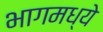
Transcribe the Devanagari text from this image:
भागमध्ये